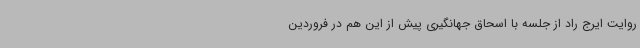
روایت ایرج راد از جلسه با اسحاق جهانگیری پیش از این هم در فروردین